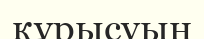
құрысуын